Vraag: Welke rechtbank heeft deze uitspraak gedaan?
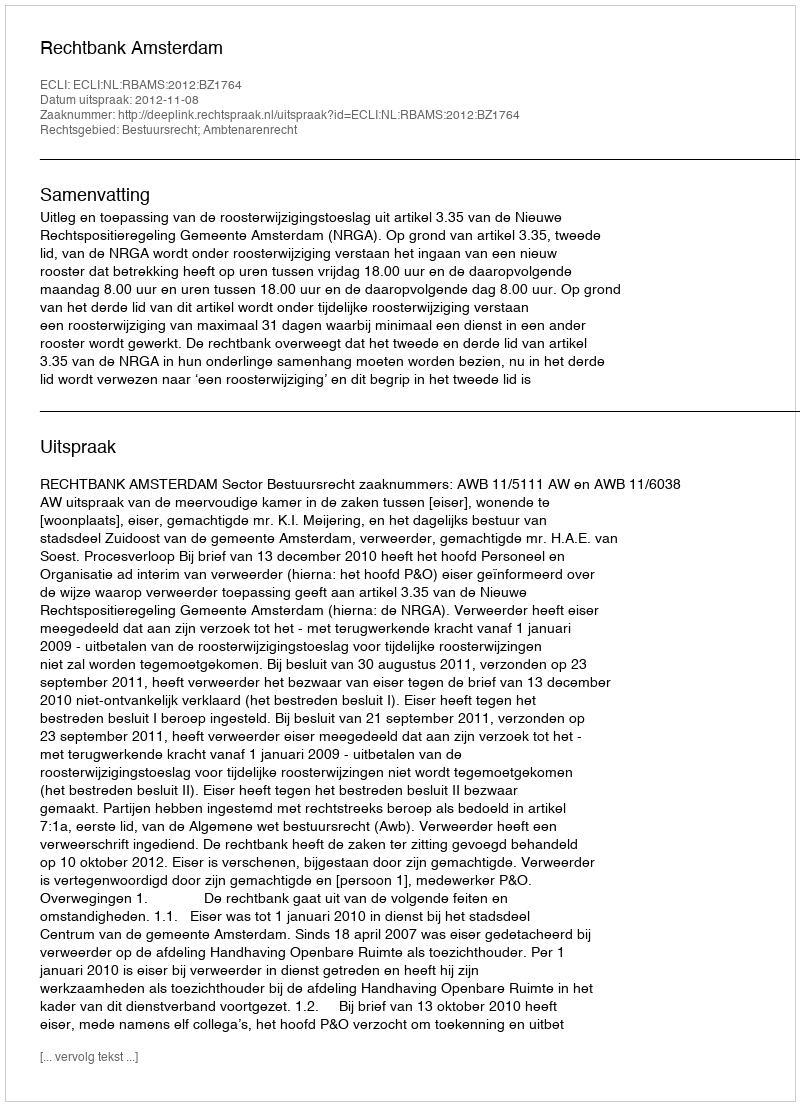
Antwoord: Rechtbank Amsterdam